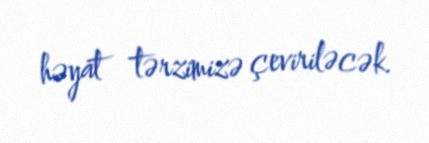
həyat tərzimizə çeviriləcək.